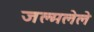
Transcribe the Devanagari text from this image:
जल्मलेले